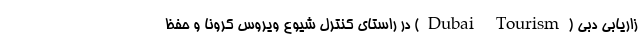
زاریابی دبی (Dubai Tourism) در راستای کنترل شیوع ویروس کرونا و حفظ